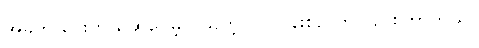
အခုက ပေးတယ်ဆိုပေမဲ့ ဝယ်တဲ့ လုပ်ငန်းစဉ် ကလည်းကြာတယ်။